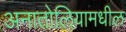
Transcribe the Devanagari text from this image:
अनातोलियामधील